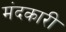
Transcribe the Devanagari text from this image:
मंदकारी